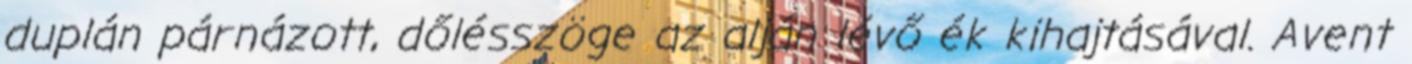
duplán párnázott, dőlésszöge az alján lévő ék kihajtásával. Avent